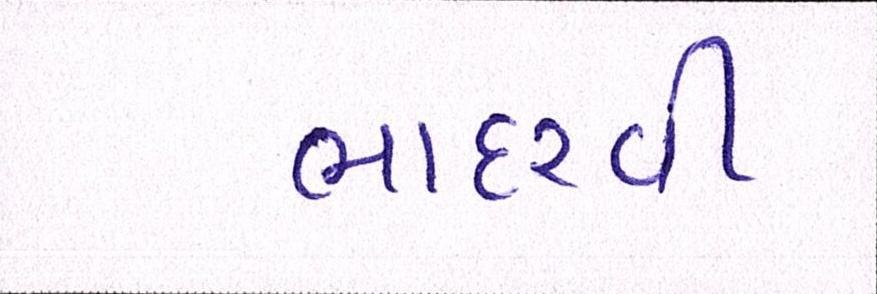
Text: ભાદરવી